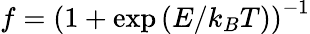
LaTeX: f=\left(1+\exp\left(E/k_{B}T\right)\right)^{-1}